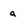
Character: a